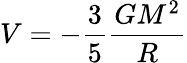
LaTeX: V=-\frac{3}{5}\frac{GM^{2}}{R}